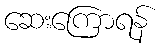
ဆေးကြောရန်